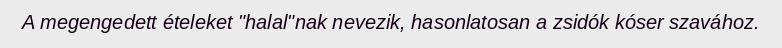
A megengedett ételeket "halal"nak nevezik, hasonlatosan a zsidók kóser szavához.